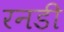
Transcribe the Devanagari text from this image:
रनडी